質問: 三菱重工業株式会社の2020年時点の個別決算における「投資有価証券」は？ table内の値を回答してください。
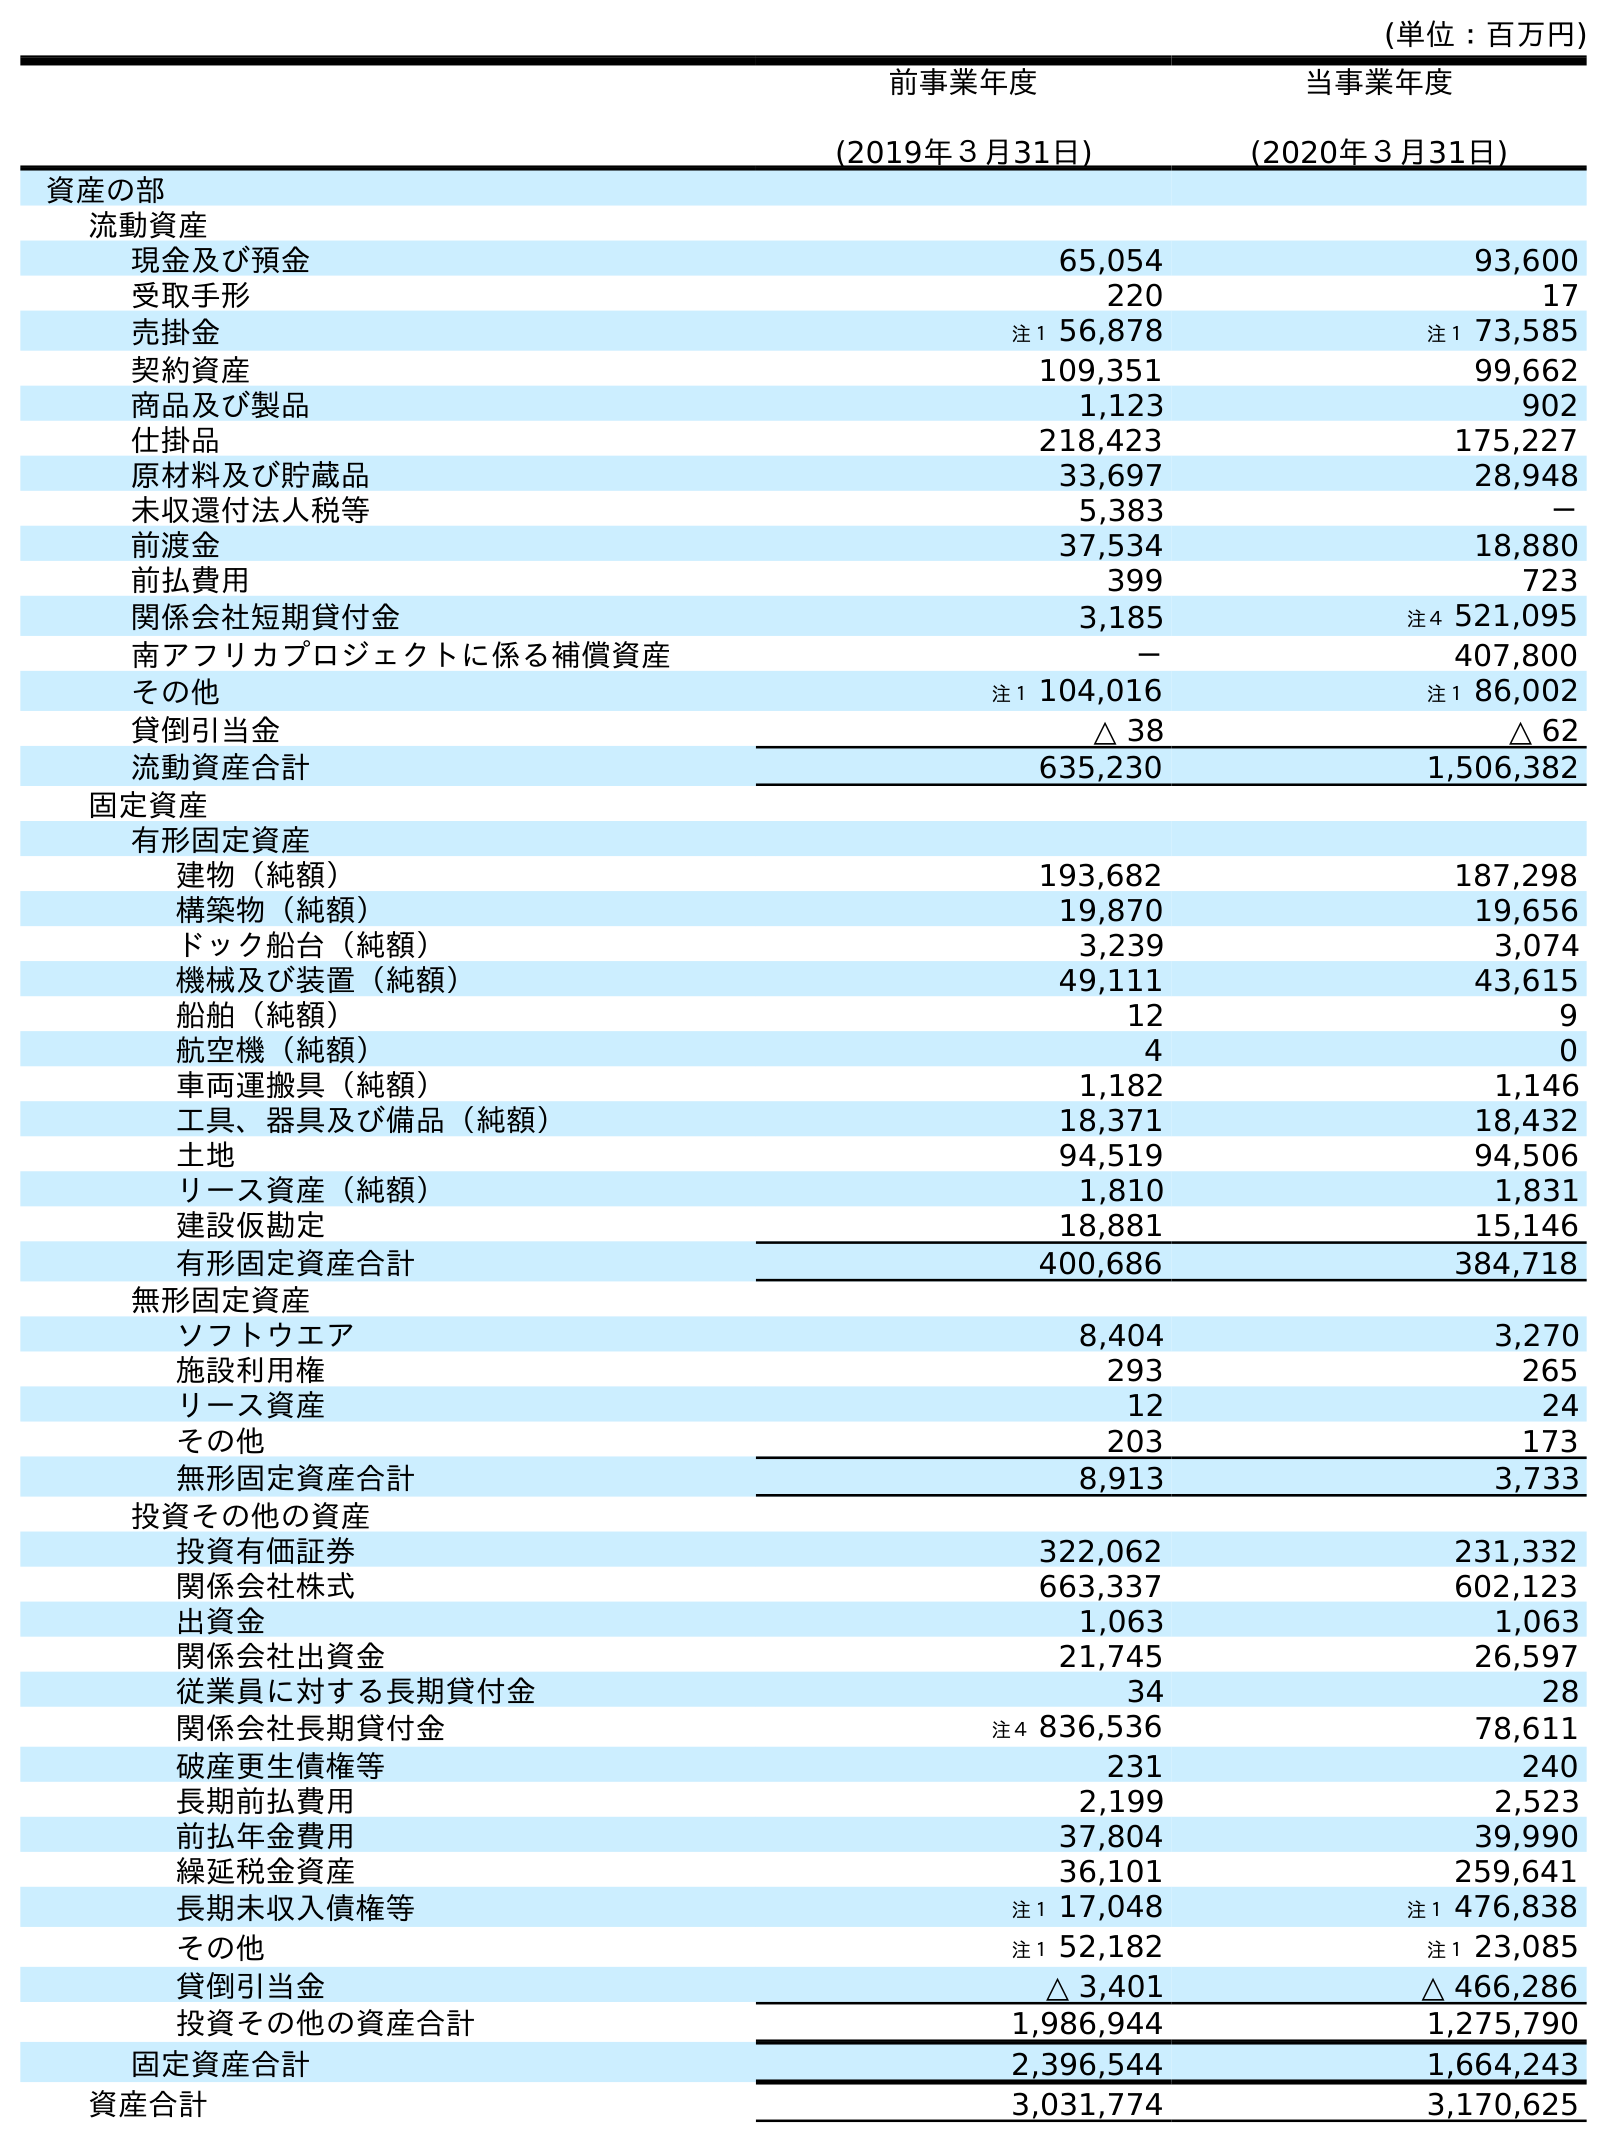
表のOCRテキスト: (単位：百万円) 前事業年度 (2019年３月31日) 当事業年度 (2020年３月31日) 資産の部 流動資産 現金及び預金 65,054 93,600 受取手形 220 17 売掛金 注１ 56,878 注１ 73,585 契約資産 109,351 99,662 商品及び製品 1,123 902 仕掛品 218,423 175,227 原材料及び貯蔵品 33,697 28,948 未収還付法人税等 5,383 － 前渡金 37,534 18,880 前払費用 399 723 関係会社短期貸付金 3,185 注４ 521,095 南アフリカプロジェクトに係る補償資産 － 407,800 その他 注１ 104,016 注１ 86,002 貸倒引当金 △ 38 △ 62 流動資産合計 635,230 1,506,382 固定資産 有形固定資産 建物（純額） 193,682 187,298 構築物（純額） 19,870 19,656 ドック船台（純額） 3,239 3,074 機械及び装置（純額） 49,111 43,615 船舶（純額） 12 9 航空機（純額） 4 0 車両運搬具（純額） 1,182 1,146 工具、器具及び備品（純額） 18,371 18,432 土地 94,519 94,506 リース資産（純額） 1,810 1,831 建設仮勘定 18,881 15,146 有形固定資産合計 400,686 384,718 無形固定資産 ソフトウエア 8,404 3,270 施設利用権 293 265 リース資産 12 24 その他 203 173 無形固定資産合計 8,913 3,733 投資その他の資産 投資有価証券 322,062 231,332 関係会社株式 663,337 602,123 出資金 1,063 1,063 関係会社出資金 21,745 26,597 従業員に対する長期貸付金 34 28 関係会社長期貸付金 注４ 836,536 78,611 破産更生債権等 231 240 長期前払費用 2,199 2,523 前払年金費用 37,804 39,990 繰延税金資産 36,101 259,641 長期未収入債権等 注１ 17,048 注１ 476,838 その他 注１ 52,182 注１ 23,085 貸倒引当金 △ 3,401 △ 466,286 投資その他の資産合計 1,986,944 1,275,790 固定資産合計 2,396,544 1,664,243 資産合計 3,031,774 3,170,625
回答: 231,332